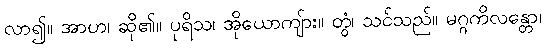
လာ၍။ အာဟ၊ ဆို၏။ ပုရိသ၊ အိုယောကျ်ား။ တွံ၊ သင်သည်။ မဂ္ဂကိလန္တော၊